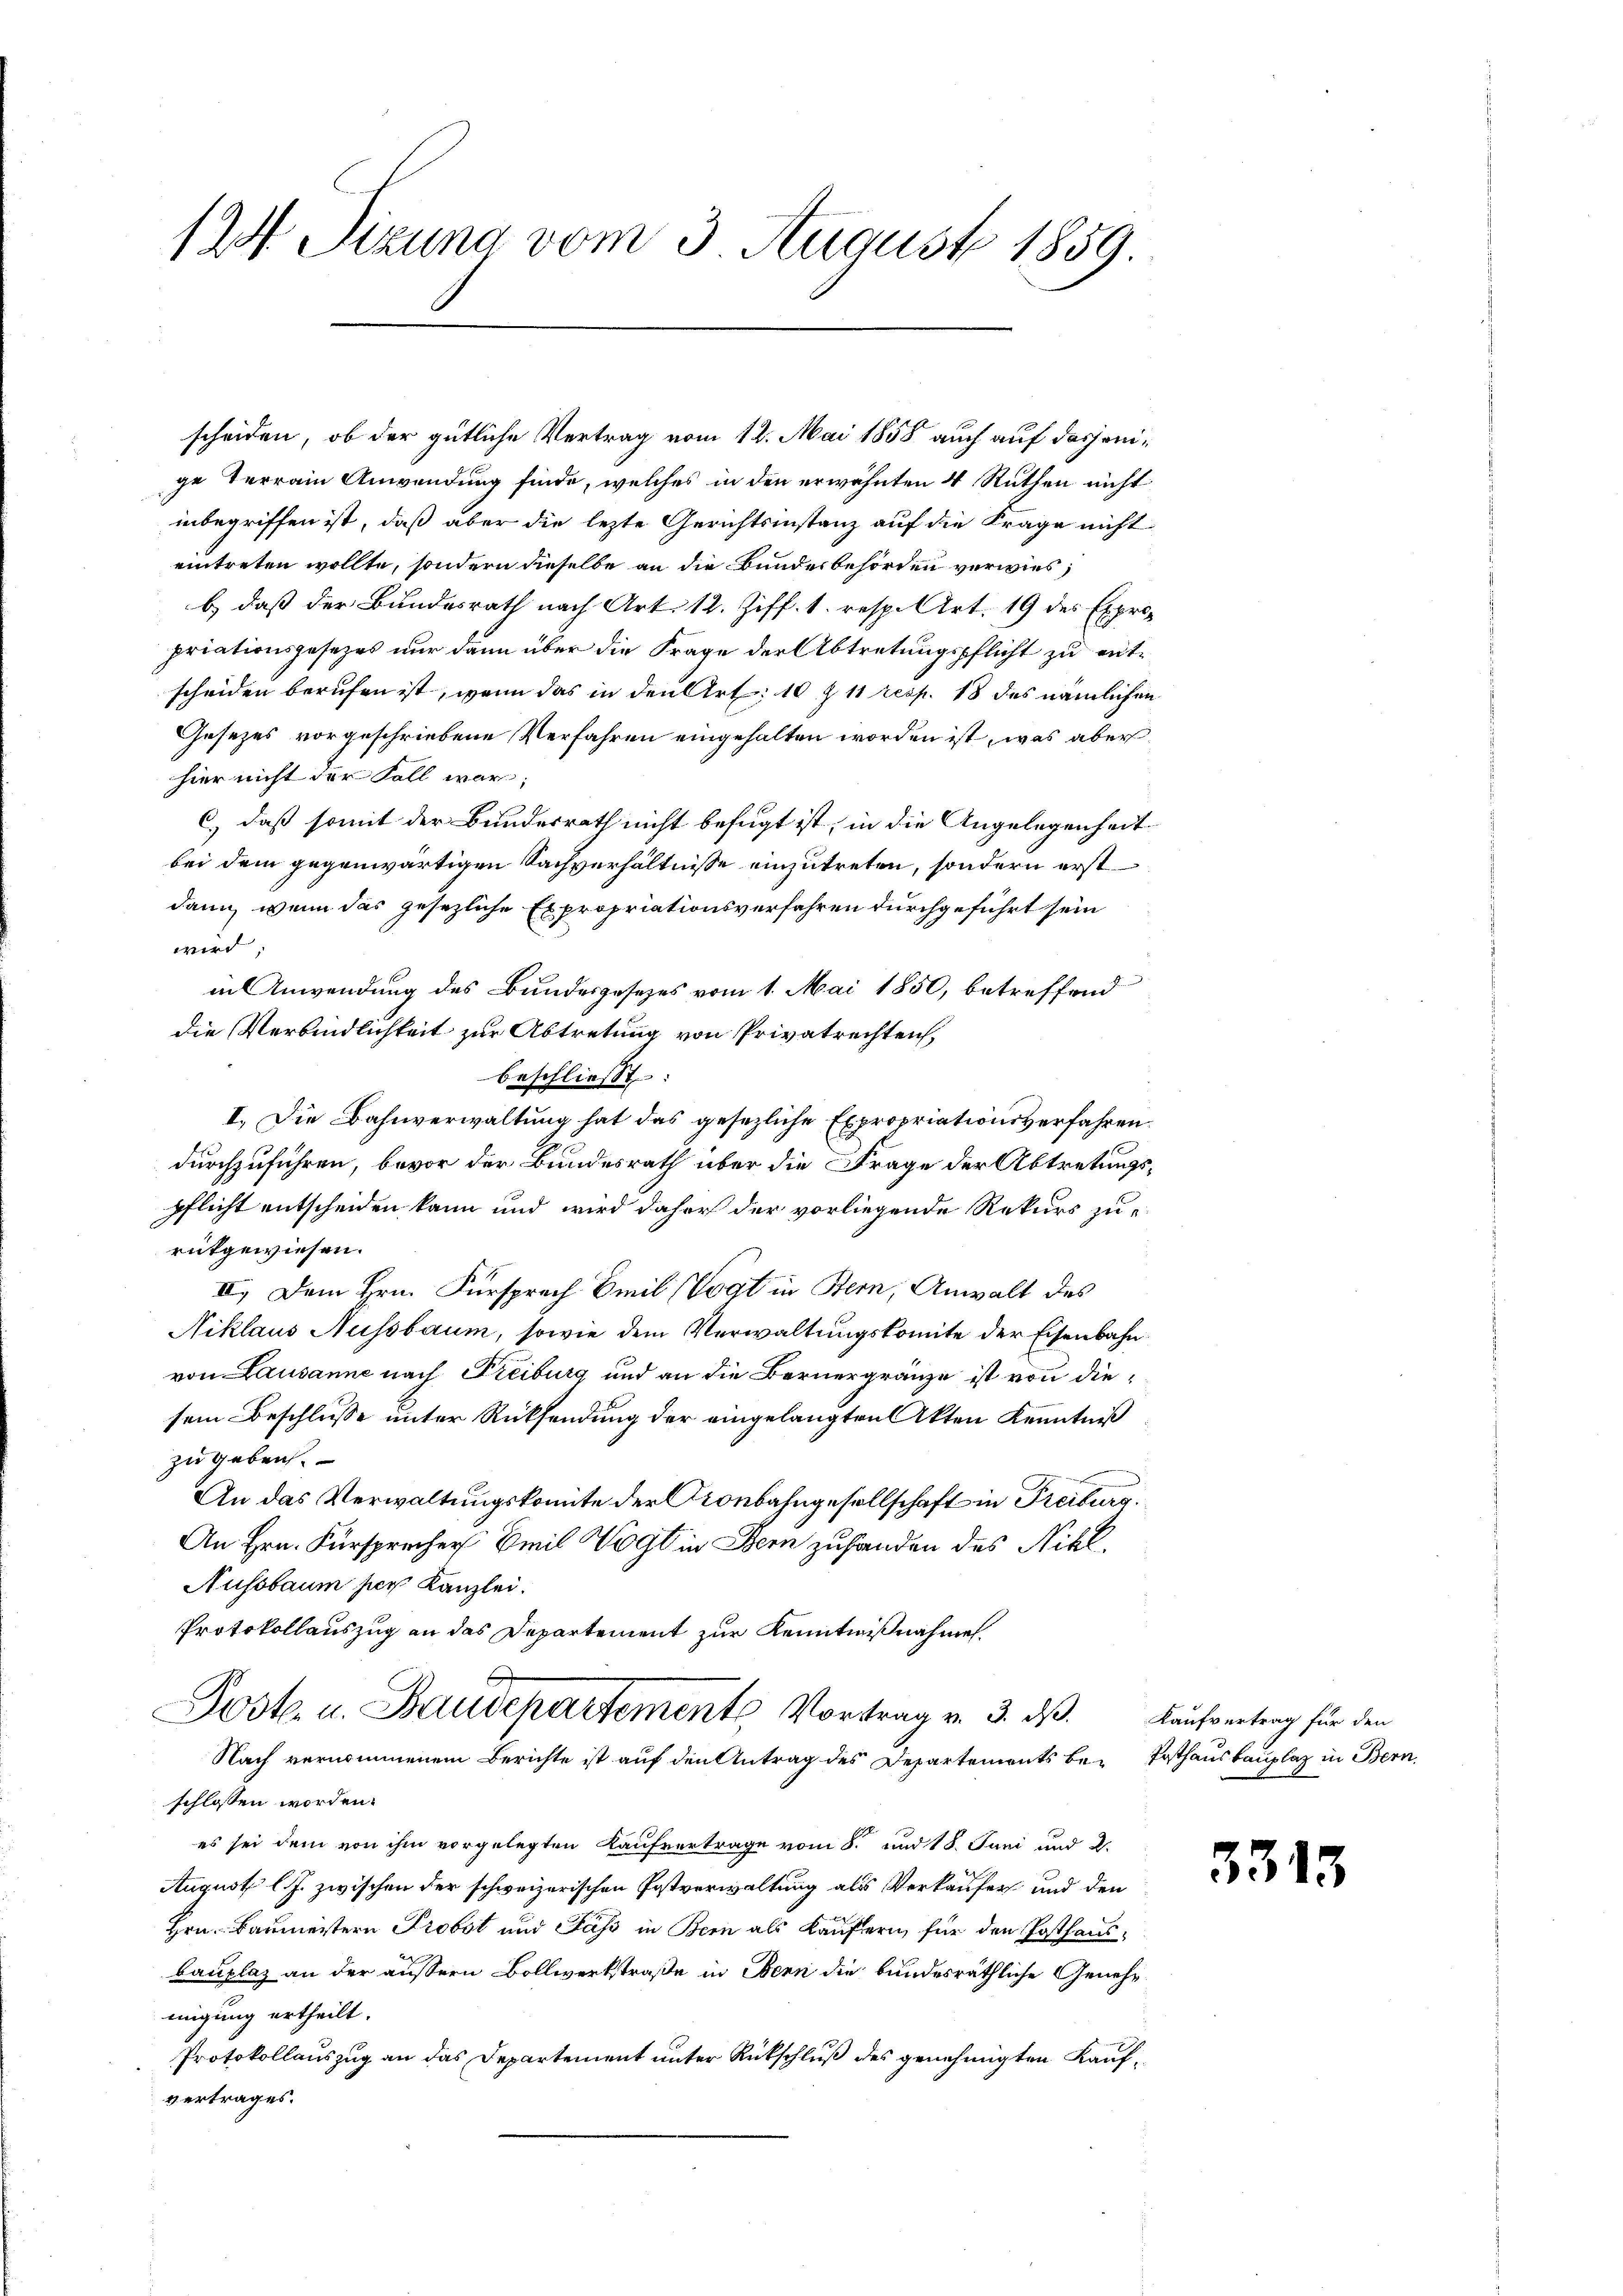
124 Sizung vom 3. August 1859.

scheiden, ob der gütliche Vertrag vom 12. Mai 1858 auch auf dasjenige Terrain Anwendung finde, welches in den erwähnten 4 Ruthen nicht
inbegriffen ist, daß aber die lezte Gerichtsinstanz auf die Frage nicht
eintreten wollte, sondern dieselbe an die Bundesbehörden verwies,
b) daß der Bundesrath nach Art. 12. Ziff. 1. resp. Art. 19 des Expro-
priationsgesezes nur dann über die Frage der Abtretungspflicht zu entscheiden berufen ist, wenn das in den Art: 10 Z 11 resp. 18 des nämlichen
Gesezes vorgeschriebene Verfahren eingehalten worden ist, was aber
hier nicht der Fall war;
C) daß somit der Bundesrath nicht befugt ist, in die Angelegenheit
bei dem gegenwärtigen Sachverhältnisse einzutreten, sondern erst
dann, wenn das gesezliche Expropriationsverfahren durchgeführt sein
wird,
in Anwendung des Bundesgesezes vom 1. Mai 1850, betreffend
die Verbindlichkeit zur Abtretung von Privatrechten,
beschließt:
I. Die Bahnverwaltung hat das gesezliche Expropriationsverfahren.
durchzuführen, bevor der Bundesrath über die Frage der Abtretungspflicht entscheiden kann und wird daher der vorliegende Rekurs zu-
rutgewiesen.
II. Dem Hrn. Fürsprach Emil Vogt in Bern, Anwalt des
Niklaus Nussbaum, sowie dem Verwaltungskomite der Eisenbahnvon Lausanne nach Freiburg und an die Bernergränze ist von diesein Beschlusse unter Rücksendung der eingelangten Akten Kenntniß
zu geben.
An das Verwaltungskomite der Kronbahngesellschaft in Freiburg.
An Hrn. Fürsprecher Emil Vogt in Bern zuhanden des Nikl.
Nussbaum per Kanzlei.
Protokollauszug an das Departement zur Kenntnißnahmen.
Dost. u. Baudepartements Vortrag v. 3. ds. Kaufvertrag für den
Nach vernommenem Berichte ist auf den Antrag des Departements be-Posthausbauplaz in Bern,
schlossen worden.
es sei dem von ihm vorgelegten Kaufvertrage vom 8. und 18. Juni und 2.
August l. J. zwischen der schweizerischen Postverwaltung als Verkäufer und den
Hrn. Baumeistern Probst und Pass in Bern als Käufern für den Posthausbauplaz an der äussern Bollwerkstraße in Bern die bundesräthliche Genehmmigung ertheilt.
Protokollauszug an das Departement unter Rückschluß des genehmigten Kaufvertrages.

3313